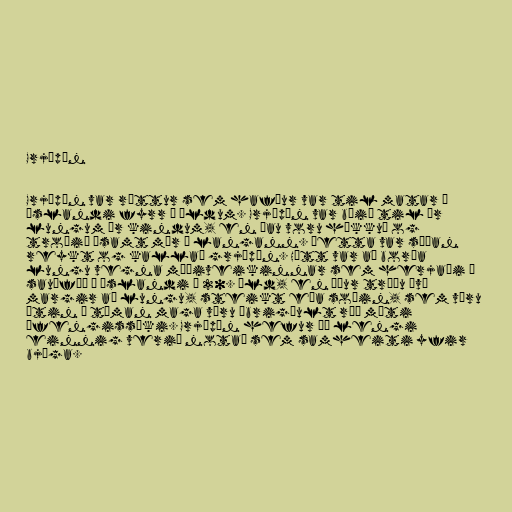
Grjúpán

Grjúpán var réttur sem hafður var til matar á
Íslandi fyrr á öldum. Grjúpán var búið til úr
lungum úr kindum, en þau voru hökkuð og
troðið ásamt mör í langann. Þetta var síðan
reykt og kallað grjúpán. Hætt var að borða
lungu vegna mæðiveikinnar sem herjaði á
sauðféð á Íslandi á 20. öld, en áður trúðu því
margir að lungu, steikt eða soðin, sem væru
étin á tóman maga væru óbrigðult ráð móti
áfengissýki. Grjúpán hefur þó lengi
einnig verið notað sem samheiti yfir
bjúga.